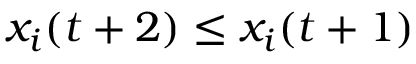
x _ { i } ( t + 2 ) \leq x _ { i } ( t + 1 )